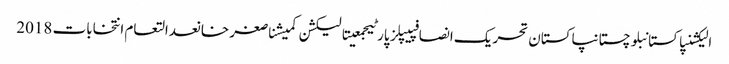
الیکشنپاکستانبلوچستانپاکستان تحریک انصافپیپلز پارٹیجمعیتالیکشن کمیشناصغر خانعدالتعام انتخابات 2018